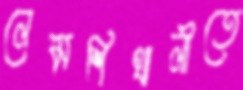
লেমশিখালীতে